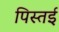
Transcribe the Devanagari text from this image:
पिस्तई